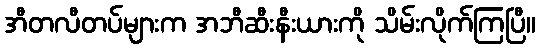
အီတလီတပ်များက အဘီဆီးနီးယားကို သိမ်းလိုက်ကြပြီ။